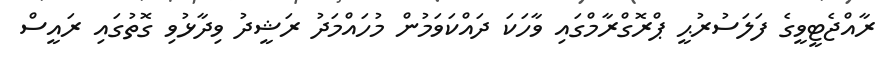
ރާއްޖެޓީވީގެ ފަލަސުރުޙީ ޕްރޮގްރާމްގައި ވާހަކަ ދައްކަވަމުން މުހައްމަދު ރަޝީދު ވިދާޅުވި ގޮތުގައި ރައީސް